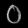
Digit: ၀